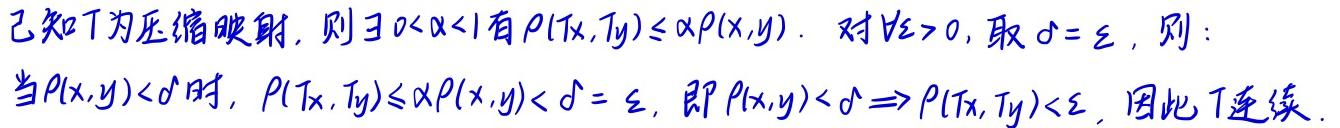
已知$T$为压缩映射，则$\exists 0<\alpha<1$有$\rho(Tx,Ty)\leq\alpha\rho(x,y)$．对$\forall\varepsilon>0$，取$\delta = \varepsilon$，则：
当$\rho(x,y)<\delta$时，$\rho(Tx,Ty)\leq\alpha\rho(x,y)<\delta=\varepsilon$，即$\rho(x,y)<\delta\Rightarrow\rho(Tx,Ty)<\varepsilon$，因此$T$连续．